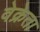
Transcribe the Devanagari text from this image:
वेक्रेता